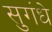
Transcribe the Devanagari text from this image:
सुगंधे